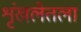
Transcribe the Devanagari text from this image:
शृंखलेतला